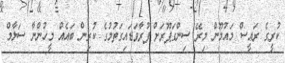
ކުރީގެ ރައީސް މައުމޫން މިރޭ ސިންގަޕޫރަށް ފުރާވަޑައިގަތުމުގެ ކުރިން ބައެއް މީހުންނާ ސަލާމް